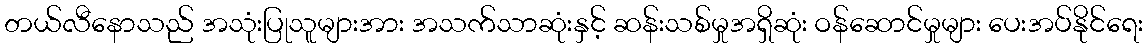
တယ်လီနောသည် အသုံးပြုသူများအား အသက်သာဆုံးနှင့် ဆန်းသစ်မှုအရှိဆုံး ဝန်ဆောင်မှုများ ပေးအပ်နိုင်ရေး